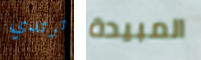
ترتدي المبيدة